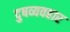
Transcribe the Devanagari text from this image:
दुषव्यवहार